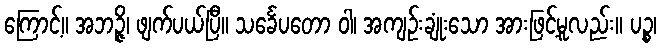
ကြောင့်။ အဘဉ္ဇိ၊ ဖျက်ပယ်ပြီ။ သင်္ခေပတော ဝါ၊ အကျဉ်းချုံးသော အားဖြင့်မူလည်း။ ပဉ္စ၊